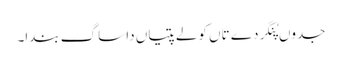
جدوں پُنگردے تاں کولے پتیاں دا ساگ بندا۔